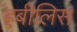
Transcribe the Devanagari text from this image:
हबीलिस